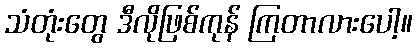
သံတုံးတွေ ဒီလိုဖြစ်ကုန် ကြတာလားပေါ့။